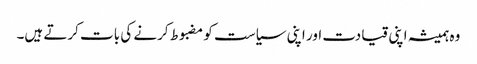
وہ ہمیشہ اپنی قیادت اور اپنی سیاست کو مضبوط کرنے کی بات کرتے ہیں۔